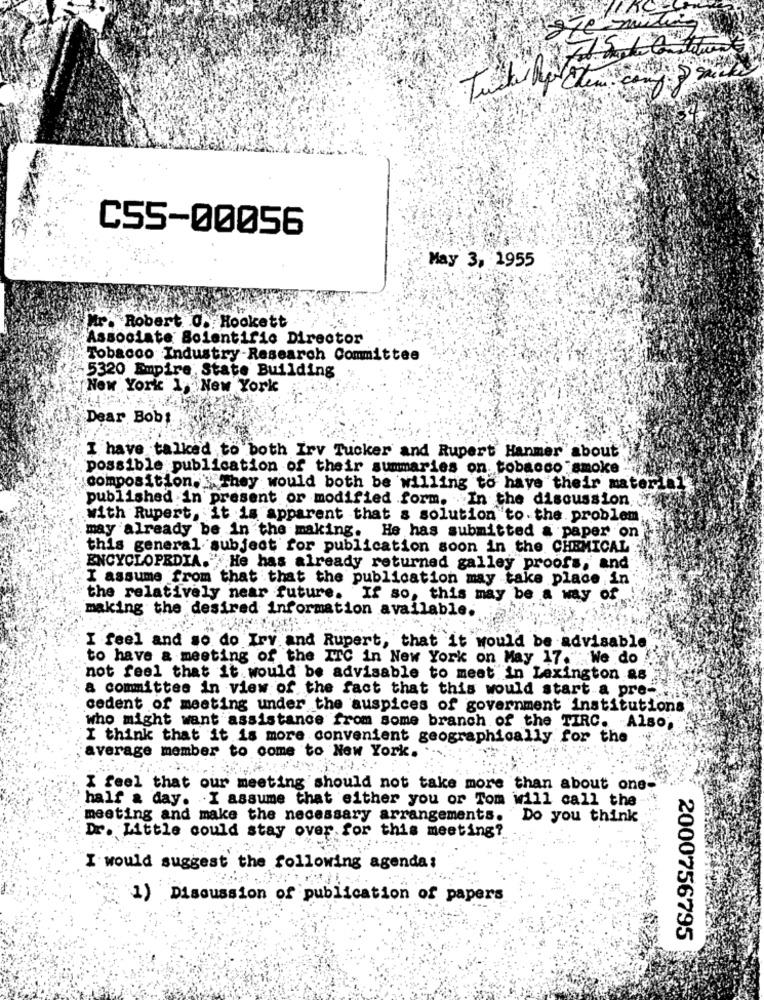
C55-00056
May 3, 1955
Mr. Robert O. Hookett
Associate Bolentific Director
Tobacco Industry-Research Committee
5320 Empire State Building
New York 1, New York
Dear Bob:
I have talked to both Irv Tucker and Rupert Hanmer about
possible publication of their summaries on. tobacco smoke
composition. " They would both be willing to have their material
published in present or modified form. In the discussion,
with Rupert, it is apparent that a solution to the problem
may already be in the making. He has submitted a paper on
this general subject for publication soon in the CHEMICAL
ENCYCLOPEDIA." He has already returned galley proofs, and
I assume from that that the publication may take place in
the relatively near future.
If so, this may be a way of.
making the desired information available.
I feel and so do Iry and Rupert, that it would be advisable
to have a meeting of the ITC in New York on May 17."We do
not feel that it would be advisable to meet in Lexington as
a committee in view of the fact that this would start a pre-
cedent of meeting under the auspices of government institutions
who might want assistance from some branch of the TIRC. Also,
I think that it is more convenient geographically for the
average member to come to New York.
I feel that our meeting should not take more than about one-
half a day. I assume that either you or Tom will call the
meeting and make the necessary arrangements. Do you think
Dr. Little could stay over for this meeting?
I would suggest the following agenda:
1) Discussion of publication of papers
2000756795